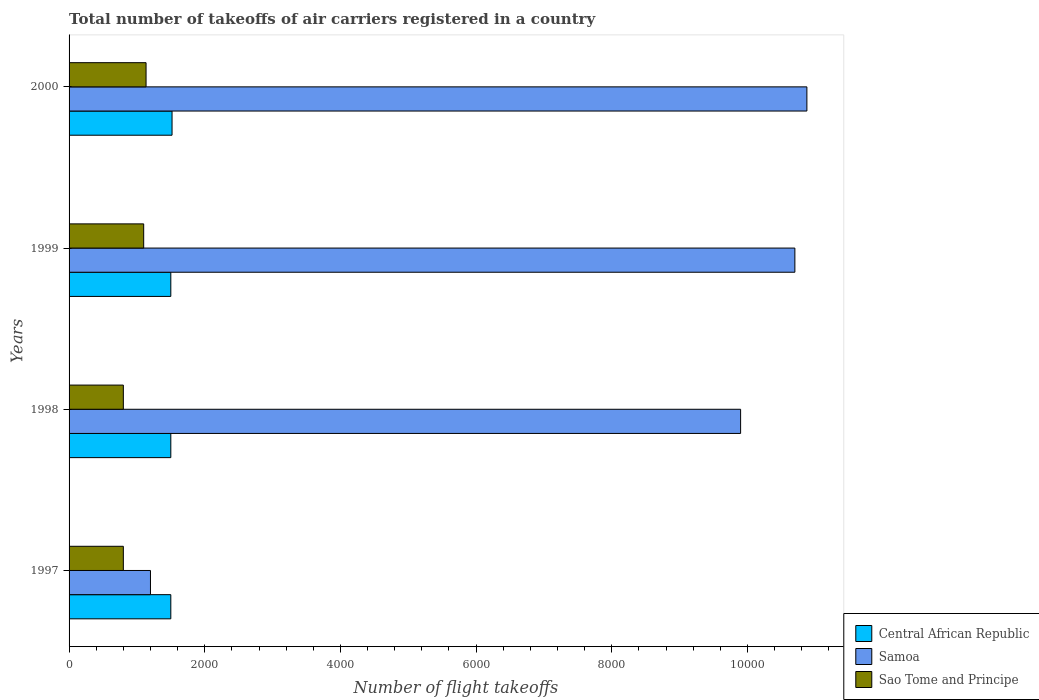
| Years | Central African Republic | Samoa | Sao Tome and Principe |
 | --- | --- | --- | --- |
 | 1997 | 1.5e+03 | 1.2e+03 | 800 |
 | 1998 | 1.5e+03 | 9.9e+03 | 800 |
 | 1999 | 1.5e+03 | 1.07e+04 | 1.1e+03 |
 | 2000 | 1.52e+03 | 1.09e+04 | 1.14e+03 |